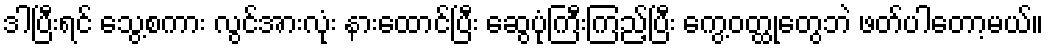
ဒါပြီးရင် သွေ့စကား လွင်အားလုံး နားထောင်ပြီး ဆွေပုံကြီးကြည့်ပြီး ကွေ့ဝတ္ထုတွေဘဲ ဖတ်ပါတော့မယ်။